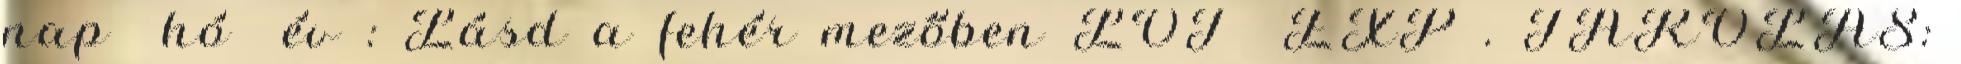
nap hó év : Lásd a fehér mezőben LOT EXP . TÁROLÁS: